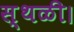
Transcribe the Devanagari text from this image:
स्थळी।